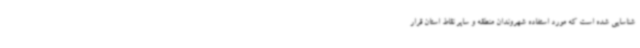
شناسایی شده است که مورد استفاده شهروندان منطقه و سایر نقاط استان قرار